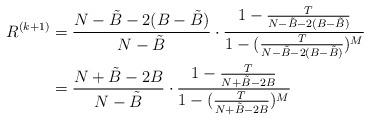
LaTeX: \begin{align*}R^{(k+1)} &=\frac{N-\tilde{B}-2(B-\tilde{B})}{N-\tilde{B}}\cdot \frac{1-\frac{T}{N-\tilde{B}-2(B-\tilde{B})}}{1-(\frac{T}{N-\tilde{B}-2(B-\tilde{B})})^M}\\ &=\frac{N+\tilde{B}-2B}{N-\tilde{B}}\cdot \frac{1-\frac{T}{N+\tilde{B}-2B}}{1-(\frac{T}{N+\tilde{B}-2B})^M}\end{align*}